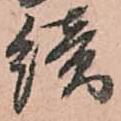
續